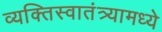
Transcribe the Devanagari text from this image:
व्यक्तिस्वातंत्र्यामध्ये